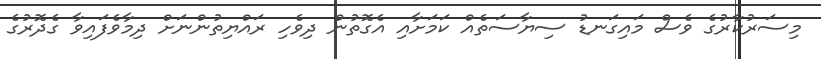
މިސަރުކާރުގެ ވެސް މައިގަނޑު ސިޔާސަތެއް ކަމަށާއި އެގޮތުން ދިވެހި ރައްޔިތުންނަށް ދިމާވެފައިވާ ގެދޮރުގެ